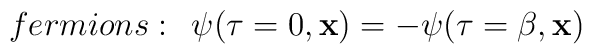
fermions:\,\;\psi (\tau =0,{\bf x})=-\psi (\tau =\beta ,{\bf x})